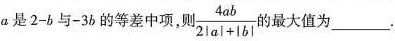
a是 $$2 - b$$ 与-3b的等差中项，则 $$\frac { 4 a b } { 2 \left | a \right | + \left | b \right | }$$ 的最大值为___.